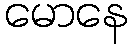
မောနေ